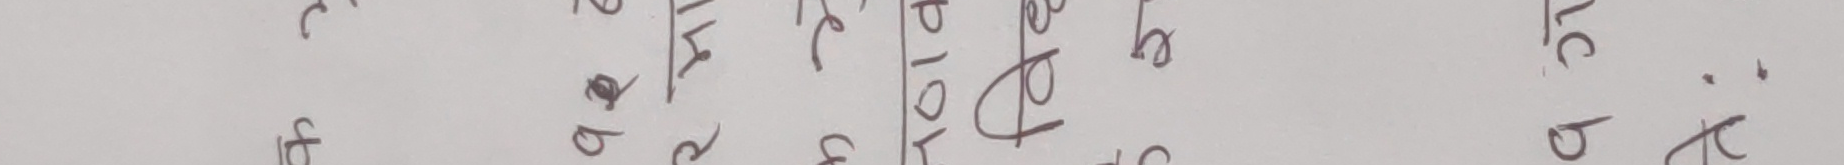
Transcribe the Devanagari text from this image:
फेवाताल  छ ।